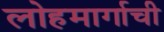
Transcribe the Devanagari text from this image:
लोहमार्गाची